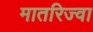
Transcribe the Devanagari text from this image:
मातरिज्वा